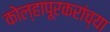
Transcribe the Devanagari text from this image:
कोल्हापूरकरांच्या